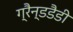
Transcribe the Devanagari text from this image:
ग्रैन्डडैडी